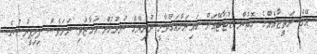
އޭގެ ނަތީޖާއެއްގެ ގޮތުން ޑުޓާޓޭއަށް ބައިނަލްއަގުވާމީ ދުނިޔޭގެ ނުރުހުން އަމާޒުވި ނަމަވެސް ފިލިޕީންސުގެ